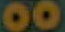
00